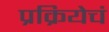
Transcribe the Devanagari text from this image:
प्रक्रियेचं